Indian journal of veterinary science and animal husbandry - Volume 12,
Year: 1942
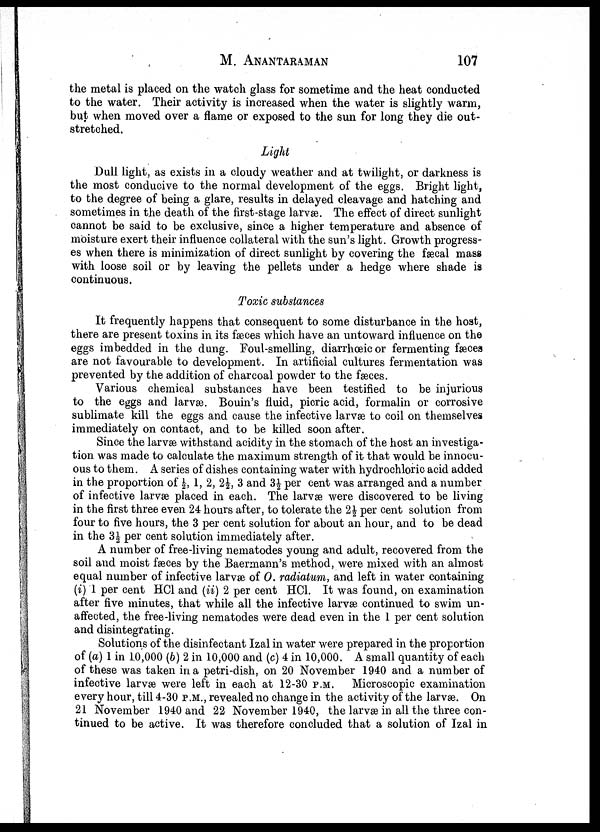
M.
ANANTARAMAN
107
the metal is placed on the watch glass for sometime and the heat conducted
to the water. Their activity is increased when the water is slightly warm,
but when moved over a flame or exposed to the sun for long they die out-
stretched.
Light
Dull light, as exists in a cloudy weather and at twilight, or darkness is
the most conducive to the normal development of the eggs. Bright light,
to the degree of being a glare, results in delayed cleavage and hatching and
sometimes in the death of the first-stage larvæ. The effect of direct sunlight
cannot be said to be exclusive, since a higher temperature and absence of
moisture exert their influence collateral with the sun's light. Growth progress-
es when there is minimization of direct sunlight by covering the fæcal mass
with loose soil or by leaving the pellets under a hedge where shade is
continuous.
Toxic substances
It frequently happens that consequent to some disturbance in the host,
there are present toxins in its fæces which have an untoward influence on the
eggs imbedded in the dung. Foul-smelling, diarrhœic or fermenting fæces
are not favourable to development. In artificial cultures fermentation was
prevented by the addition of charcoal powder to the fæces.
Various chemical substances have been testified to be injurious
to the eggs and larvæ. Bouin's fluid, picric acid, formalin or corrosive
sublimate kill the eggs and cause the infective larvæ to coil on themselves
immediately on contact, and to be killed soon after.
Since the larvæ withstand acidity in the stomach of the host an investiga-
tion was made to calculate the maximum strength of it that would be innocu-
ous to them. A series of dishes containing water with hydrochloric acid added
in the proportion of ½, 1, 2, 2½, 3 and 3½ per cent was arranged and a number
of infective larvæ placed in each. The larvæ were discovered to be living
in the first three even 24 hours after, to tolerate the 2½ per cent solution from
four to five hours, the 3 per cent solution for about an hour, and to be dead
in the 3½ per cent solution immediately after.
A number of free-living nematodes young and adult, recovered from the
soil and moist fæces by the Baermann's method, were mixed with an almost
equal number of infective larvæ of O. radiatum, and left in water containing
(i) 1 per cent HCl and (ii) 2 per cent HCl. It was found, on examination
after five minutes, that while all the infective larvæ continued to swim un-
affected, the free-living nematodes were dead even in the 1 per cent solution
and disintegrating.
Solutions of the disinfectant Izal in water were prepared in the proportion
of (a) 1 in 10,000 (b) 2 in 10,000 and (c) 4 in 10,000. A small quantity of each
of these was taken in a petri-dish, on 20 November 1940 and a number of
infective larvæ were left in each at 12-30 P.M. Microscopic examination
every hour, till 4-30 P.M., revealed no change in the activity of the larvæ. On
21 November 1940 and 22 November 1940, the larvæ in all the three con-
tinued to be active. It was therefore concluded that a solution of Izal in